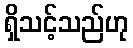
ရှိသင့်သည်ဟု